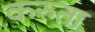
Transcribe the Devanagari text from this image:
करुता